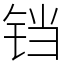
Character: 铛